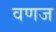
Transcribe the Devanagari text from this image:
वणज